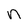
Character: n